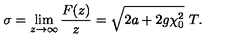
\sigma = \lim _ { z \rightarrow \infty } \frac { F ( z ) } { z } = \sqrt { 2 a + 2 g \chi _ { 0 } ^ { 2 } } \ T .